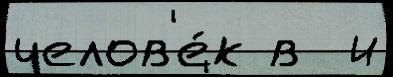
челов'е́к в  и